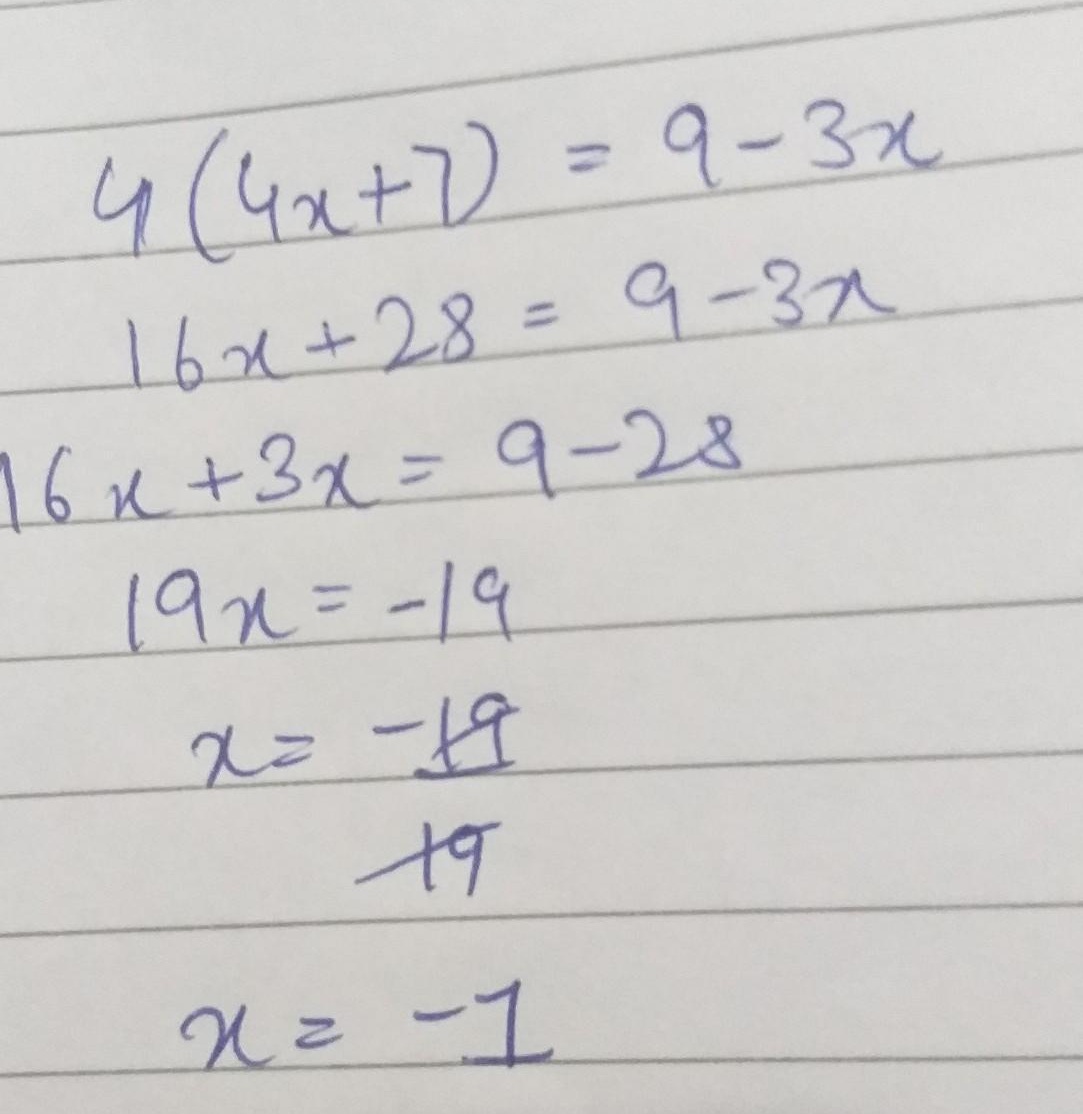
\[
\begin{align*}
4(4x + 7)&=9 - 3x\\
16x+28&=9 - 3x\\
16x + 3x&=9 - 28\\
19x&=-19\\
x&=\frac{-19}{19}\\
x&=- 1
\end{align*}
\]